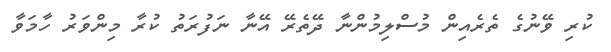
ކުރި ވޭނުގެ ތެރެއިން މުސްލިމުންނާ ދޭތެރޭ އޭނާ ނަފުރަތުު ކުރާ މިންވަރު ހާމަވާ